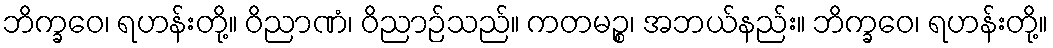
ဘိက္ခဝေ၊ ရဟန်းတို့။ ဝိညာဏံ၊ ဝိညာဉ်သည်။ ကတမဉ္စ၊ အဘယ်နည်း။ ဘိက္ခဝေ၊ ရဟန်းတို့။